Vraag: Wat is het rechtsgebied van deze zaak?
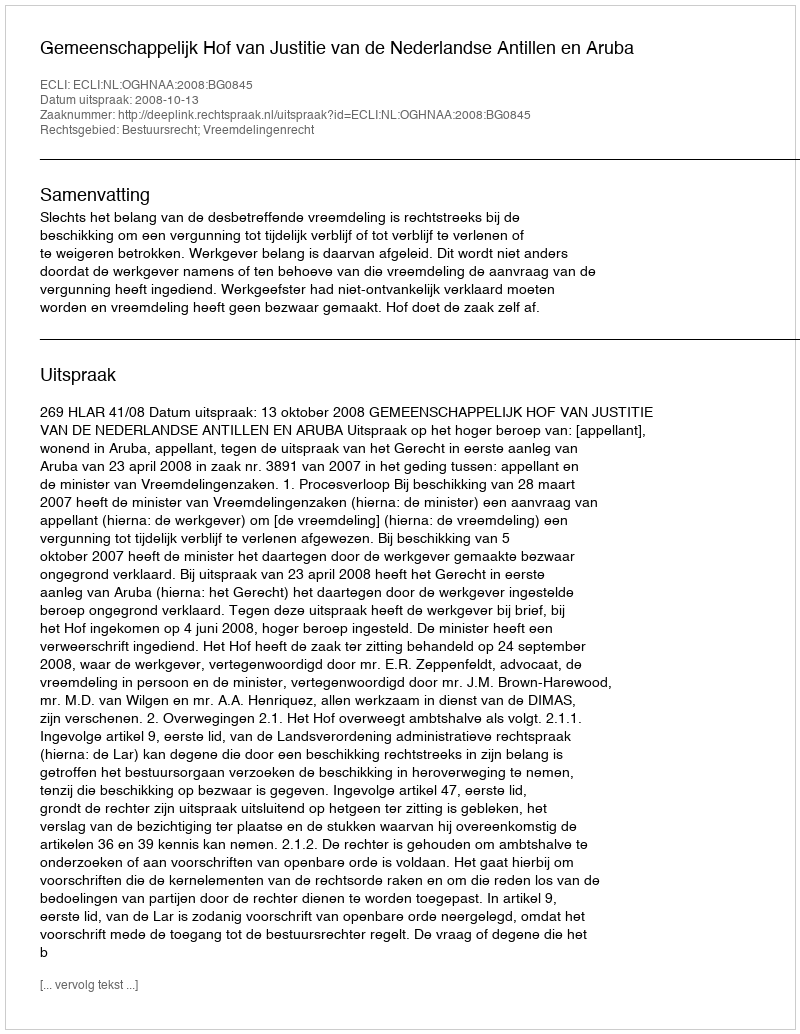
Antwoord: Bestuursrecht; Vreemdelingenrecht